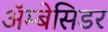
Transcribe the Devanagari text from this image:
अॅम्बेसिडर